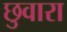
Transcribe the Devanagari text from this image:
छुवारा